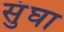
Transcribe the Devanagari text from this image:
सुंघा